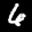
Label: 6